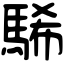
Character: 䮎